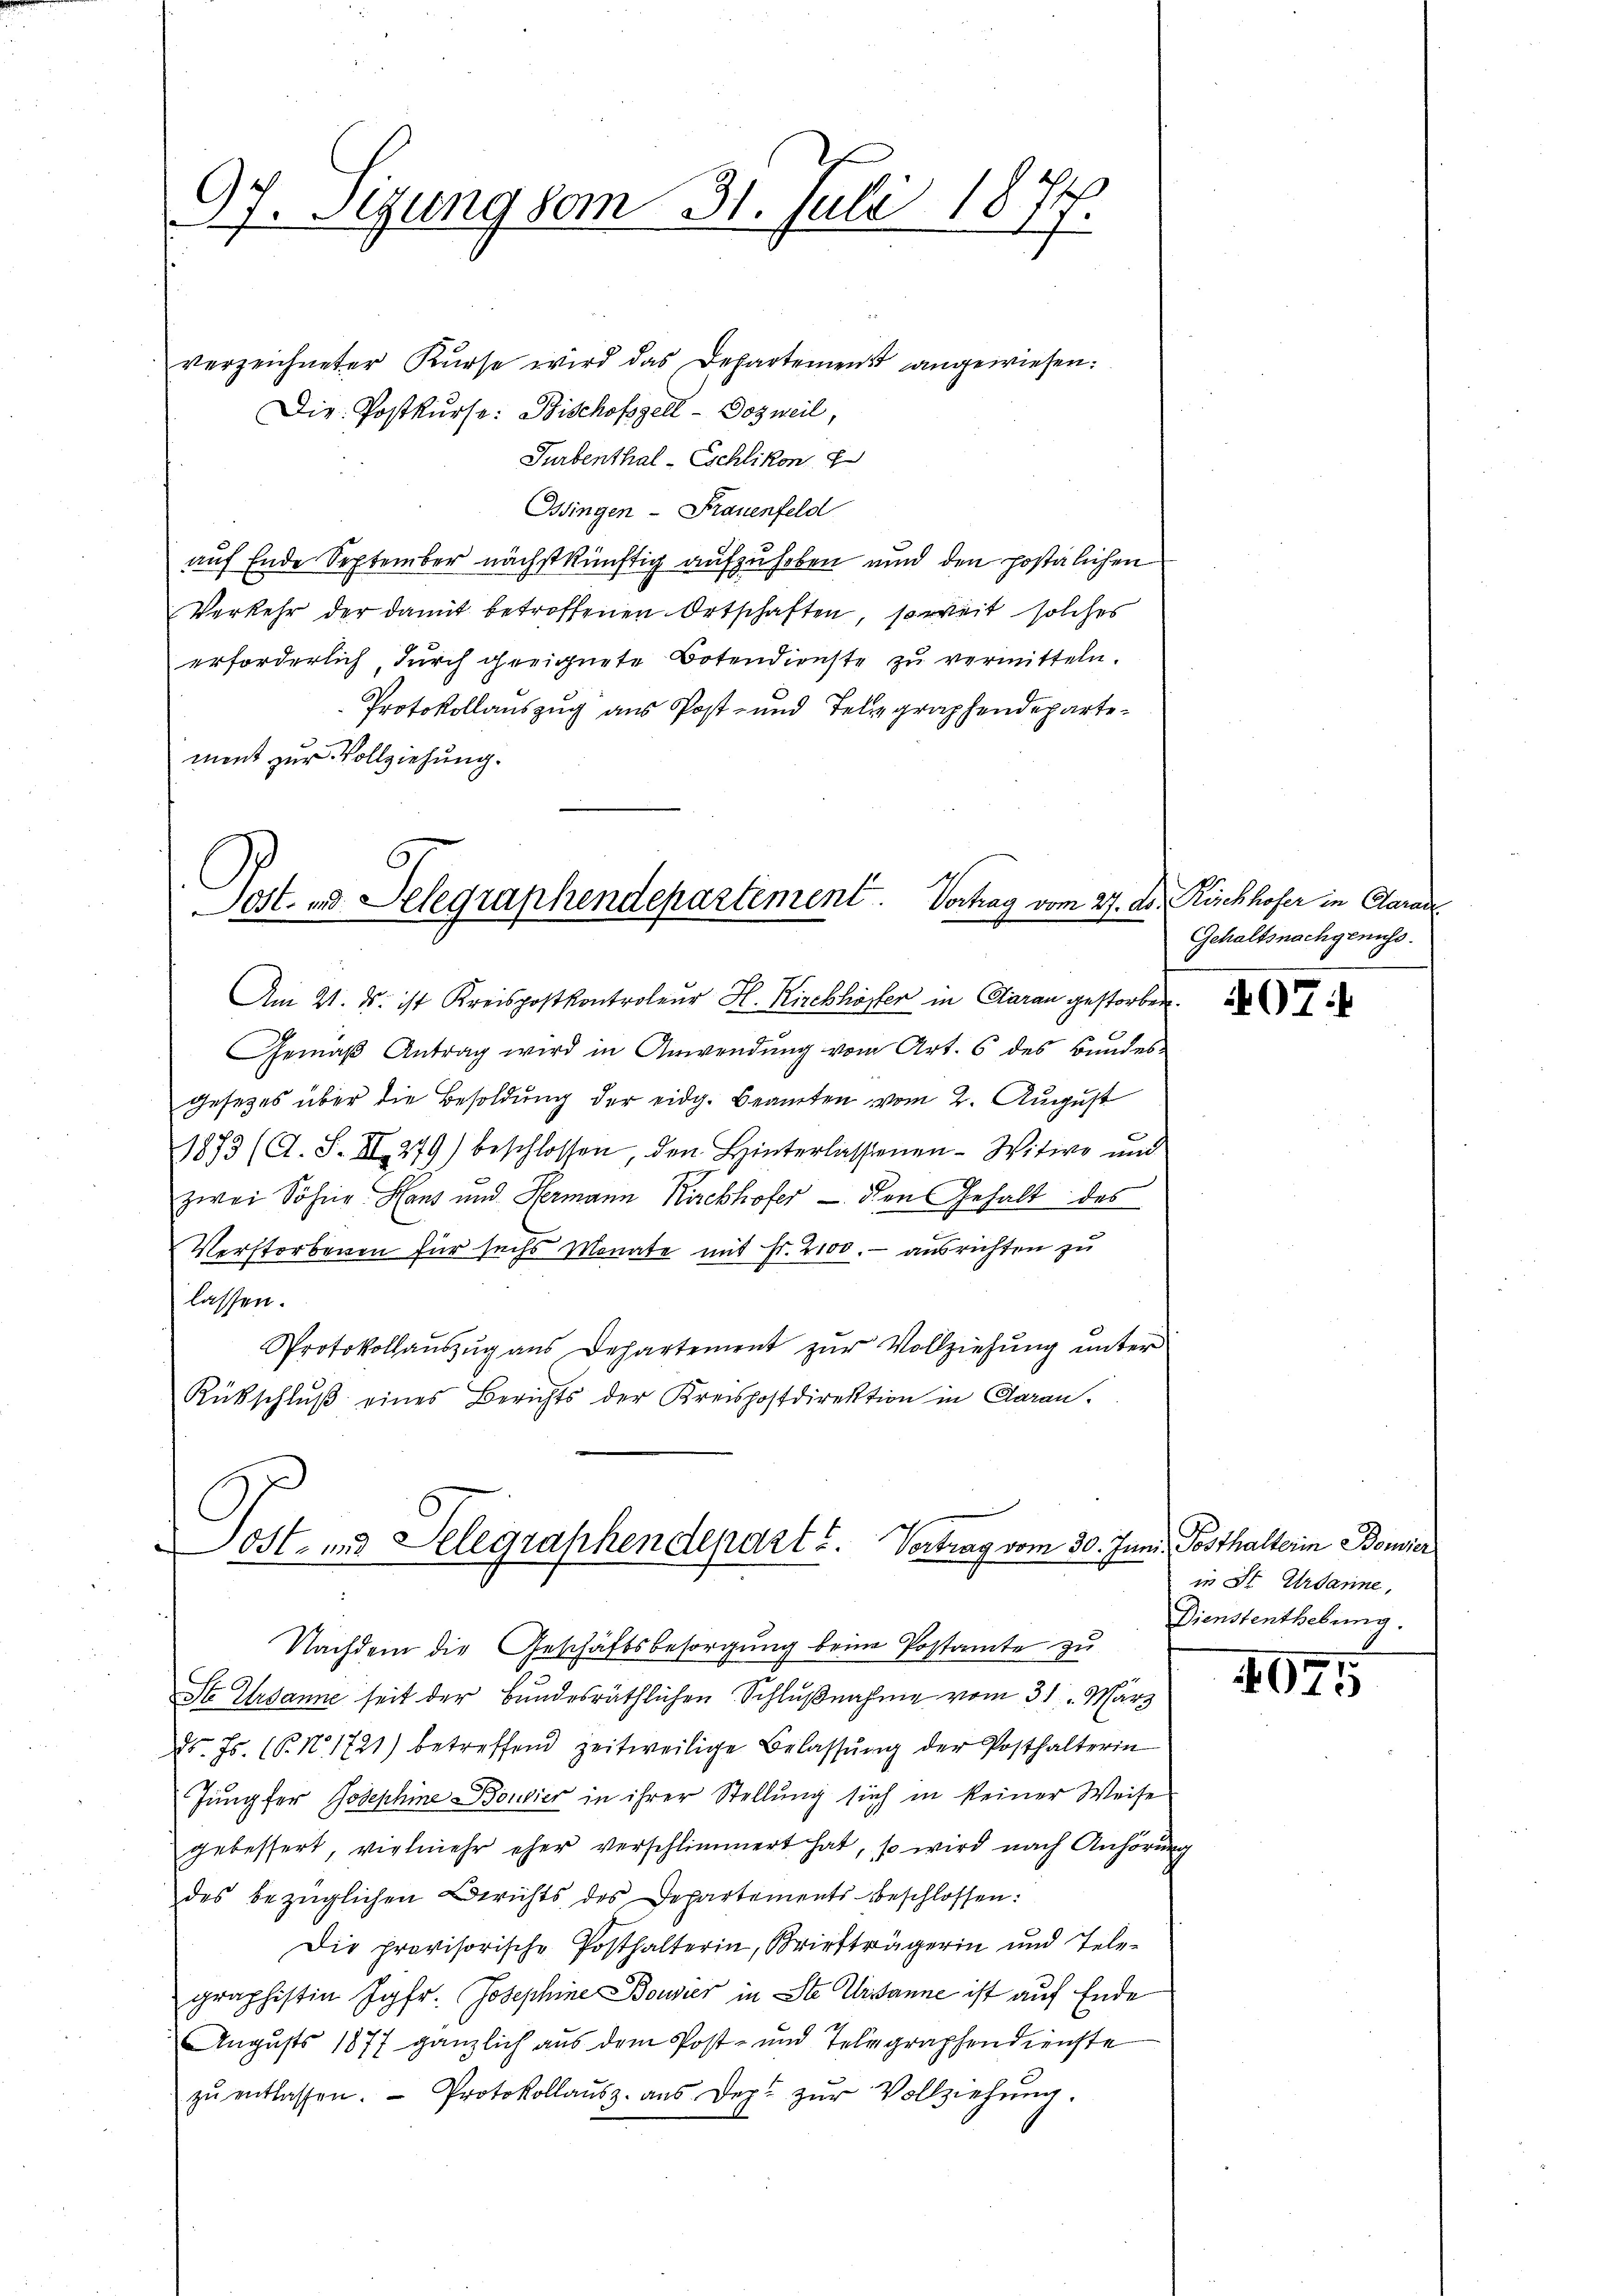
97. Sizung vom 31. Juli 1877.

verzeichneter Kurse wird das Departement angewiesen.
Die Postkurse: Bischofszell - Dozweil,
Turbenthal - Eschlikon
Ossingen - Frauenfeld
auf Ende September nächstkünftig aufzuheben und den postlichen
Verkehr der damit betroffenen Ortschaften, soweit solches
erforderlich, durch geeignete Botendienste zu vermitteln.
Protokollauszug aus Post- und Telegraphendepartement zur Vollziehung.

Jost. und Delegraphendepartement. Vertrag vom 27. ds. Rischhofer in Clarade

Am 21. ds. ist Kreispostkontroleur H. Kirchhöster in Garan gestorben.
Gemäβ Antrag wird in Anwendŭng vom Art. 6 des Bŭndes-
Gesetzes über die Besoldung der eidg. Beamten vom 2. August
1883 (C. S. II. 279) beschlossen, den Hinterlassenen-Witwe und
zwei Söhne Hans und Hermann Kirchhofer — den Gehalt des
Verstorbenen für sechs Monate mit Fr. 2100. - ausrichten zu
lassen.
Protokollauszug aus Departement zŭr Vollziehung unter
Rückschlŭβ eines Berichts der Kreishostdirektion in Garan.

Ost- und Telegraphendepart u. Vertrag vom 30. Jun
Nachdem die Geschäftsbesorgung beim Postamte zu

Ste Ursanne seit der Bundesräthlichen Schlußnahme vom 31. März
d. Js. (T. No. 1721) betreffend zeitweilige Belassŭng der Posthalterin
Jungfer Josephine Bonier in ihrer Stellung sich in keiner Weise
gebessert, vielmehr eher verschlimmert hat, so wird nach Anhörung
des bezüglichen Berichts des Departements beschlossen:
Die provisorische Posthalterin, Briefträgerin und Telegraphistin Jgfr. Josephine Bouvier in Ste Ursanne ist auf Ende
Augusts 1877 gänzlich aus dem Post- und Telegraphendienste
zŭ entlassen. Protokollaŭsz. aŭs Dep. zŭr Vollziehŭng.

Gehaltsnachgenuss.

97:

in Posthalterin Bonier
 in St. Ursanne,
Dienstenthebung.

407